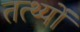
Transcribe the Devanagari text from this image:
तत्थ्यों